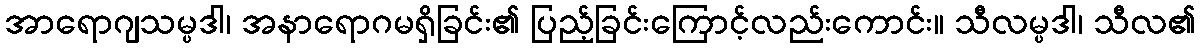
အာရောဂျသမ္ပဒါ၊ အနာရောဂမရှိခြင်း၏ ပြည့်ခြင်းကြောင့်လည်းကောင်း။ သီလမ္ပဒါ၊ သီလ၏